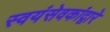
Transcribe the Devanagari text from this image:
स्वयंसेवकांद्वारे